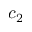
c _ { 2 }